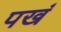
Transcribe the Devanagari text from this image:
पखं